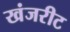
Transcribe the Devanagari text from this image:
खंजरीट